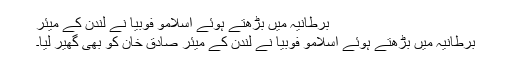
برطانیہ میں بڑھتے ہوئے اسلامو فوبیا نے لندن کے میئر
برطانیہ میں بڑھتے ہوئے اسلامو فوبیا نے لندن کے میئر صادق خان کو بھی گھیر لیا۔